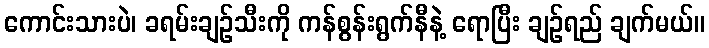
ကောင်းသားပဲ၊ ခရမ်းချဉ်သီးကို ကန်စွန်းရွက်နီနဲ့ ရောပြီး ချဉ်ရည် ချက်မယ်။